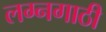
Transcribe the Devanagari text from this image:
लग्नगाठी